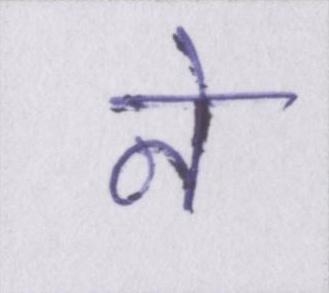
ने